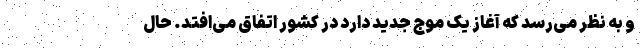
و به نظر می‌رسد که آغاز یک موج جدید دارد در کشور اتفاق می‌افتد. حال